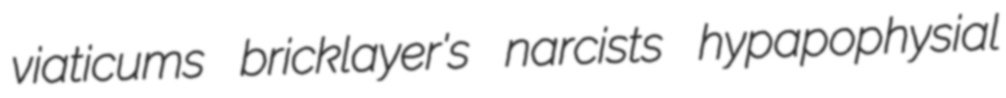
viaticums bricklayer's narcists hypapophysial